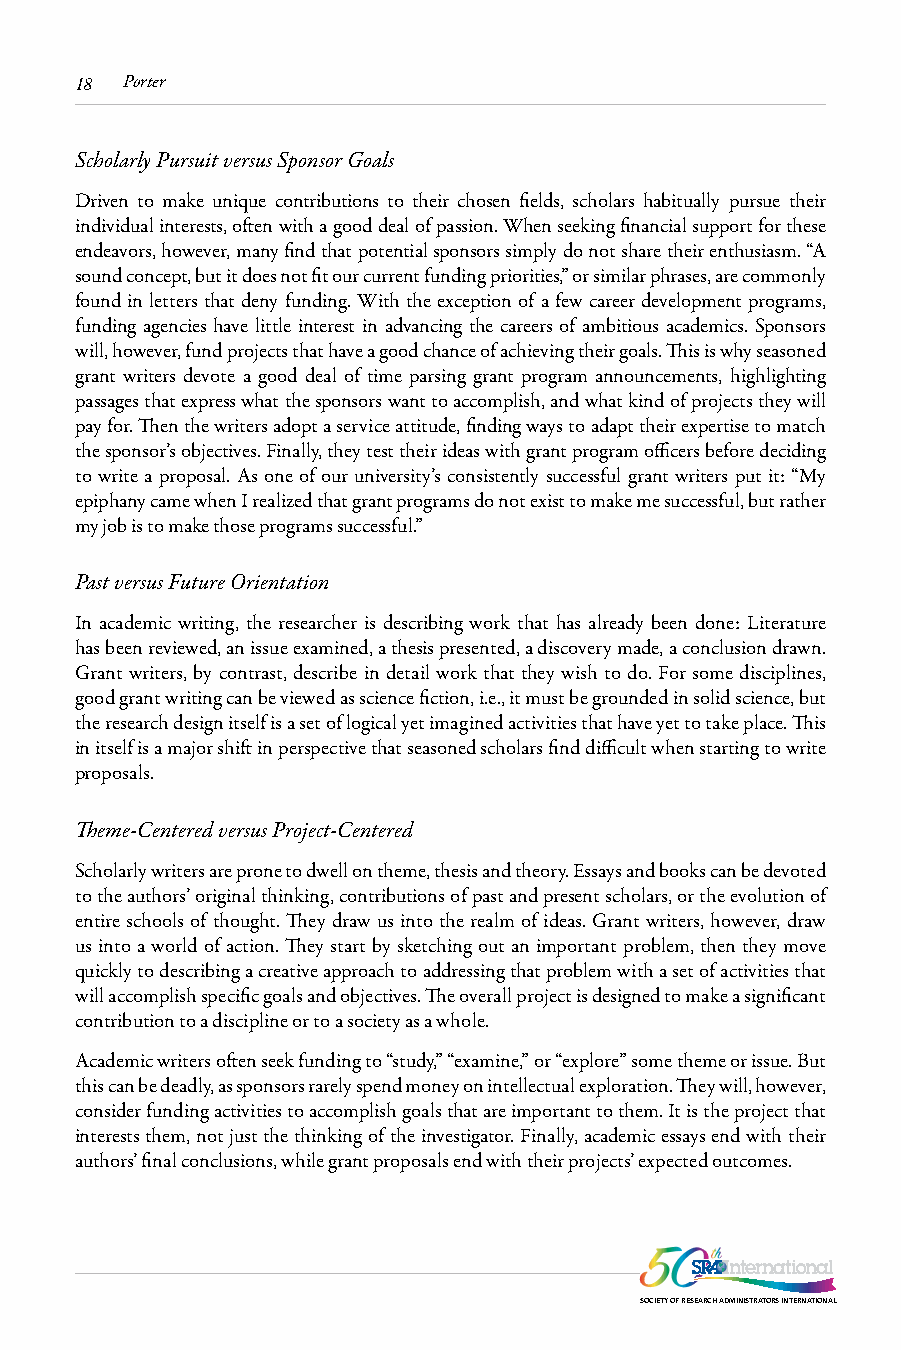
18 Porter
 Scholarly Pursuit versus Sponsor Goals
 Driven to make unique contributions to their chosen fields, scholars habitually pursue their
 individual interests, often with a good deal of passion. When seeking financial support for these
 endeavors, however, many find that potential sponsors simply do not share their enthusiasm. “A
 sound concept, but it does not fit our current funding priorities,” or similar phrases, are commonly
 found in letters that deny funding. With the exception of a few career development programs,
 funding agencies have little interest in advancing the careers of ambitious academics. Sponsors
 will, however, fund projects that have a good chance of achieving their goals. This is why seasoned
 grant writers devote a good deal of time parsing grant program announcements, highlighting
 passages that express what the sponsors want to accomplish, and what kind of projects they will
 pay for. Then the writers adopt a service attitude, finding ways to adapt their expertise to match
 the sponsor’s objectives. Finally, they test their ideas with grant program officers before deciding
 to write a proposal. As one of our university’s consistently successful grant writers put it: “My
 epiphany came when I realized that grant programs do not exist to make me successful, but rather
 my job is to make those programs successful.”
 Past versus Future Orientation
 In academic writing, the researcher is describing work that has already been done: Literature
 has been reviewed, an issue examined, a thesis presented, a discovery made, a conclusion drawn.
 Grant writers, by contrast, describe in detail work that they wish to do. For some disciplines,
 good grant writing can be viewed as science fiction, i.e., it must be grounded in solid science, but
 the research design itself is a set of logical yet imagined activities that have yet to take place. This
 in itself is a major shift in perspective that seasoned scholars find difficult when starting to write
 proposals.
 Theme-Centered versus Project-Centered
 Scholarly writers are prone to dwell on theme, thesis and theory. Essays and books can be devoted
 to the authors’ original thinking, contributions of past and present scholars, or the evolution of
 entire schools of thought. They draw us into the realm of ideas. Grant writers, however, draw
 us into a world of action. They start by sketching out an important problem, then they move
 quickly to describing a creative approach to addressing that problem with a set of activities that
 will accomplish specific goals and objectives. The overall project is designed to make a significant
 contribution to a discipline or to a society as a whole.
 Academic writers often seek funding to “study,” “examine,” or “explore” some theme or issue. But
 this can be deadly, as sponsors rarely spend money on intellectual exploration. They will, however,
 consider funding activities to accomplish goals that are important to them. It is the project that
 interests them, not just the thinking of the investigator. Finally, academic essays end with their
 authors’ final conclusions, while grant proposals end with their projects’ expected outcomes.
 SOCIETY OF RESEARCH ADMINISTRATORS INTERNATIONAL